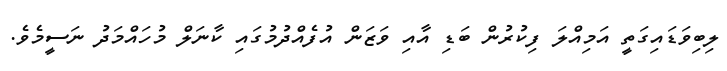
ލިބިވަޑައިގަތީ އަމިއްލަ ފިކުރުން ބަޑި އާއި ވަޒަން އުފެއްދުމުގައި ކާނަލް މުހައްމަދު ނަސީމެވެ.